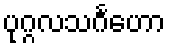
ပုဂ္ဂလသင်္ဂဟော